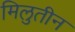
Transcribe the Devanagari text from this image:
मिलुतीन